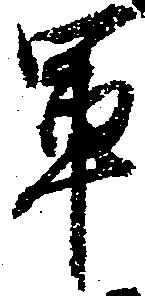
軍